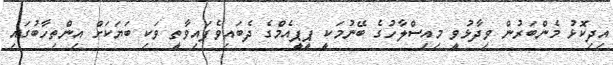
އިދިކޮޅު މެންބަރުން ވިދާޅުވީ މިއިސްލާހުގެ ބޭނުމަކީ ޕީޕީއެމްގެ ދެބައިވެފައިވާތީ ވަކި ބަޔަކަށް އިންތިހާބުގައި